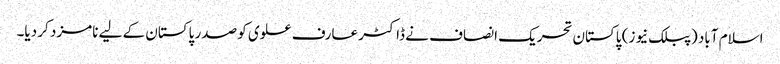
اسلام آباد (پبلک نیوز) پاکستان تحریک انصاف نے ڈاکٹر عارف علوی کو صدر پاکستان کے لیے نامزد کر دیا۔